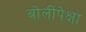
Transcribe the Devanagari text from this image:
बोलीपेक्षा